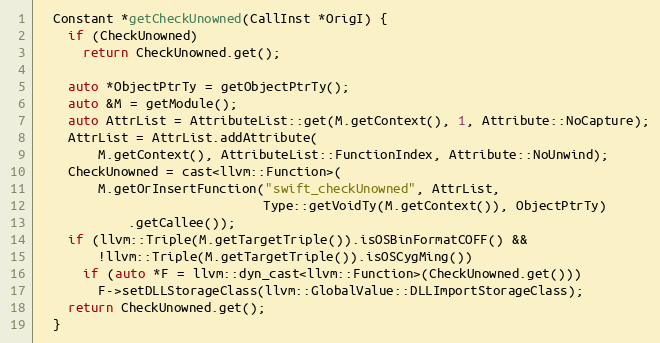
Language: C
  Constant *getCheckUnowned(CallInst *OrigI) {
    if (CheckUnowned)
      return CheckUnowned.get();

    auto *ObjectPtrTy = getObjectPtrTy();
    auto &M = getModule();
    auto AttrList = AttributeList::get(M.getContext(), 1, Attribute::NoCapture);
    AttrList = AttrList.addAttribute(
        M.getContext(), AttributeList::FunctionIndex, Attribute::NoUnwind);
    CheckUnowned = cast<llvm::Function>(
        M.getOrInsertFunction("swift_checkUnowned", AttrList,
                              Type::getVoidTy(M.getContext()), ObjectPtrTy)
            .getCallee());
    if (llvm::Triple(M.getTargetTriple()).isOSBinFormatCOFF() &&
        !llvm::Triple(M.getTargetTriple()).isOSCygMing())
      if (auto *F = llvm::dyn_cast<llvm::Function>(CheckUnowned.get()))
        F->setDLLStorageClass(llvm::GlobalValue::DLLImportStorageClass);
    return CheckUnowned.get();
  }